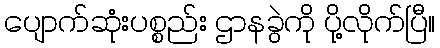
ပျောက်ဆုံးပစ္စည်း ဌာနခွဲကို ပို့လိုက်ပြီ။